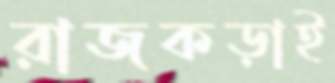
রাজকড়াই